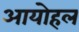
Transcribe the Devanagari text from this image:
आयोहल